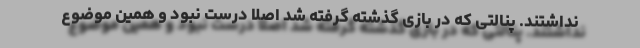
نداشتند. پنالتی که در بازی گذشته گرفته شد اصلا درست نبود و همین موضوع